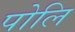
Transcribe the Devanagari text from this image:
पोलि